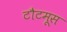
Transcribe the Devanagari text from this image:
टौटमूस